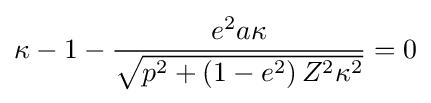
\kappa -1-{\frac {e^{2}a\kappa }{\sqrt {p^{2}+\left(1-e^{2}\right)Z^{2}\kappa ^{2}}}}=0